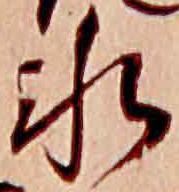
氷